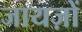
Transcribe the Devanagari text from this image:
जायज़ों